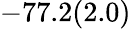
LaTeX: -77.2(2.0)